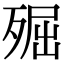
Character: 𣨢